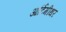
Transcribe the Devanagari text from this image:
आर्टिमीथर